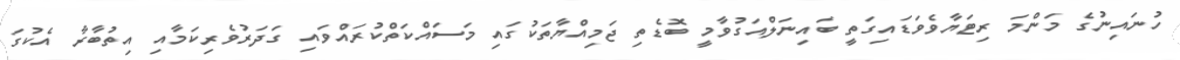
ހުނައިނުގެ މަންމަ ރިޓަޔާވެވަޑައިގަތީ ބައިނަލްއަގުވާމީ ބޮޑެތި ޖަމިއްޔާތަކުގައި މަސައްކަތްކުރައްވައި ގަދަރުވެރިކަމާއި އިތުބާރާ އެކުގަ